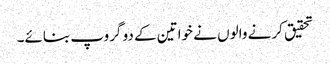
تحقیق کرنے والوں نے خواتین کے دو گروپ بنائے۔